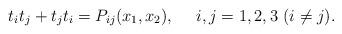
LaTeX: \begin{align*}t_i t_j + t_j t_i = P_{ij}(x_1, x_2), ~~~~ i, j=1,2,3 ~( i \neq j).\end{align*}